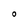
Character: O